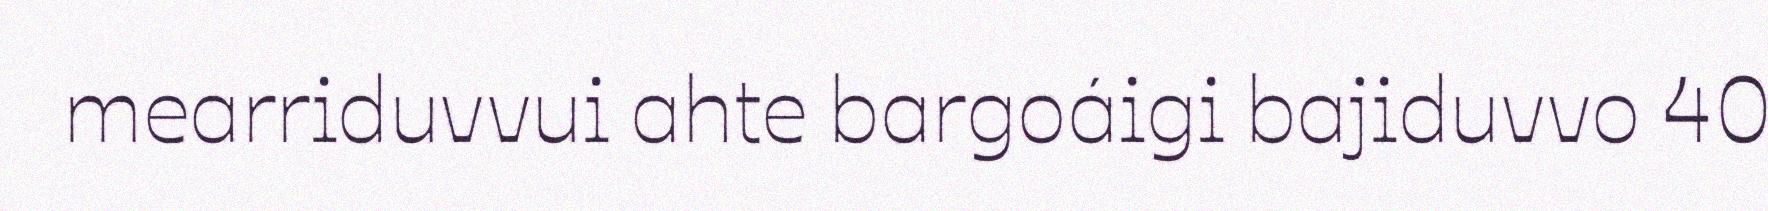
mearriduvvui ahte bargoáigi bajiduvvo 40